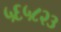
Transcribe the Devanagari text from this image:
५६५८२३